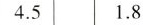
4.5 1.8